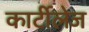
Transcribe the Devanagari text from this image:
कार्टीलेज